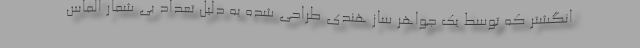
انگشتر که توسط یک جواهر ساز هندی طراحی شده به دلیل تعداد بی شمار الماس